Indian journal of veterinary science and animal husbandry - Volumes 22-23, 1952-1953
Year: 1952
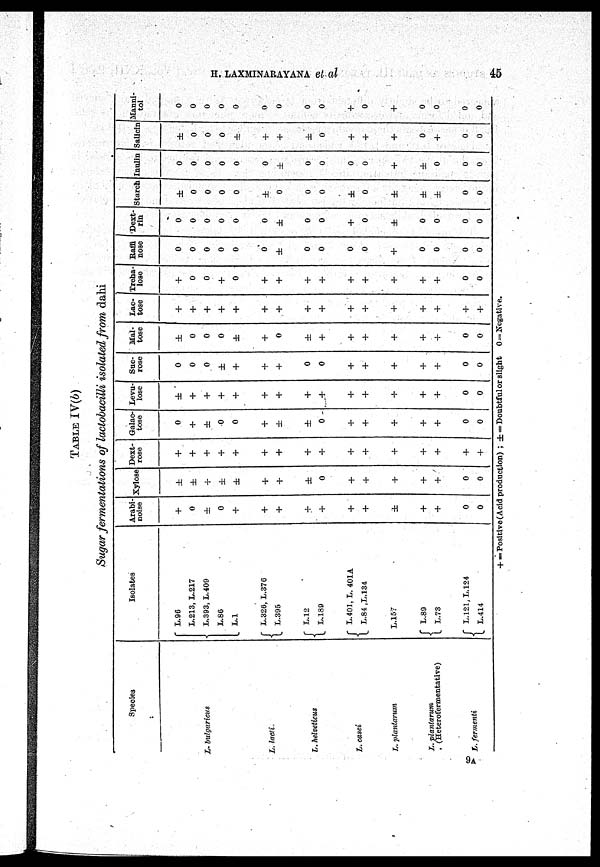
H. LAXMINARAYANA
et
al
45
TABLE IV(b)
Sugar fermentations of lactobacilli isolated from dahi
Species
L. bulgarieus
L. lacti
L. helveticus
L. casei
L. plantarum
L. plantarum
(Heterofermentative)
L. fermenti
Isolates
L.96
L.213, L.217
L.393, L.409
L.86
L.1
L.326, L.376
L.395
L.12
L.189
L.401, L. 401A
L.84,L.134
L.157
L.89
L.73
L.121, L.124
L.414
Arabi-
noise
+
0
±
0
+
+
+
+
+
+
+
±
+
+
0
0
Xylose
±
±
+
±
±
+
+
±
0
+
+
+
+
+
0
0
Dext-
rose
+
+
+
+
+
+
+
+
+
+
+
+
+
+
+
+
Galac-
tose
0
+
±
0
0
+
±
±
0
+
+
+
+
+
0
0
Levu-
lose
±
+
+
+
+
+
+
+
+
+
+
+
+
+
0
0
Suc-
rose
0
0
0
±
+
+
+
0
0
+
+
+
+
+
0
0
Mal-
tose
±
0
0
0
±
+
0
±
+
+
+
+
+
+
0
0
Lac-
tose
+
+
+
+
+
+
+
+
+
+
+
+
+
+
+
+
Treha-
lose
+
0
0
+
0
+
+
+
+
+
+
+
+
+
0
0
Raffi
nose
0
0
0
0
0
0
±
0
0
0
0
+
0
0
0
0
Dext-
rin
0
0
0
0
0
0
±
0
0
+
0
±
0
0
0
0
Starch
±
0
0
0
0
±
0
0
0
±
0
±
±
±
0
0
Inulin
0
0
0
0
0
0
±
0
0
0
0
+
±
0
0
0
Salicin
±
0
0
0
±
+
+
±
0
+
+
+
0
+
0
0
Manni-
tol
0
0
0
0
0
0
0
0
0
+
0
+
0
0
0
0
+=Positive (Acid production); ±=Doubtful or slight 0=Negative.
9 A